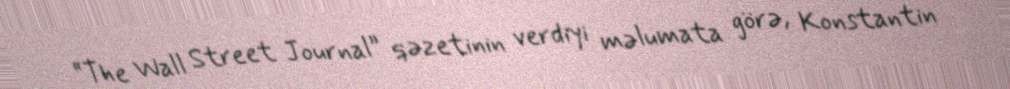
“The Wall Street Journal” qəzetinin verdiyi məlumata görə, Konstantin